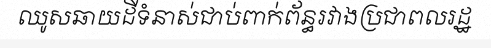
ឈូសឆាយដីទំនាស់ជាប់ពាក់ព័ន្ធរវាងប្រជាពលរដ្ឋ